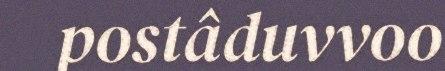
postâduvvoo